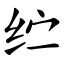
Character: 纻